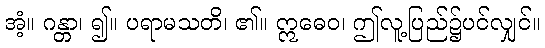
အံ့။ ဂန္တာ၊ ၍။ ပရာမသတိ၊ ၏။ ဣဓေဝ၊ ဤလူ့ပြည်၌ပင်လျှင်။